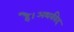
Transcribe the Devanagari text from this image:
है।अथर्ववेद